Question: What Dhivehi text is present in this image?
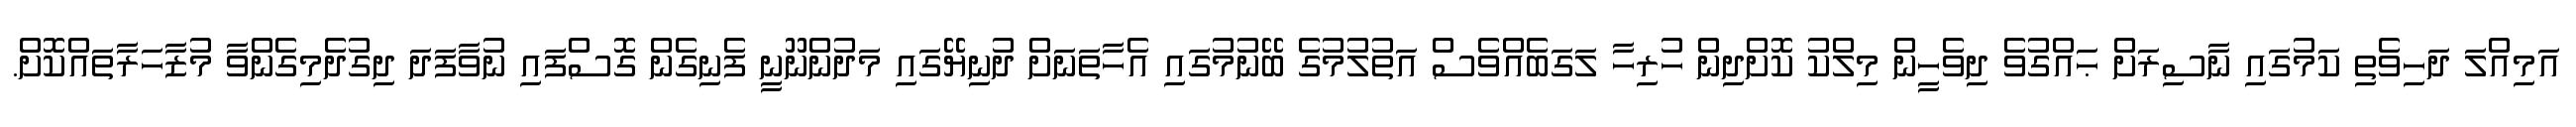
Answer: އަމިއްލަ ދަހިވެތި ކަމުގައި ނާސިރަށް ޙައްގުވެ ދިވެހީން މިލްކު ކޮށްދިން ހުރިހާ ލަގަބެއްވެސް އަތުލުމުގެ ބޭނުމުގައި އެހާތަނަށް ދުނިޔޭގައި މަދުންނޫނީ ފެނިގެން ގޮސްފައި ނުވާފަދަ ދިގުދެމިގެންވާ މުޒާހަރާތައްކޮށް.